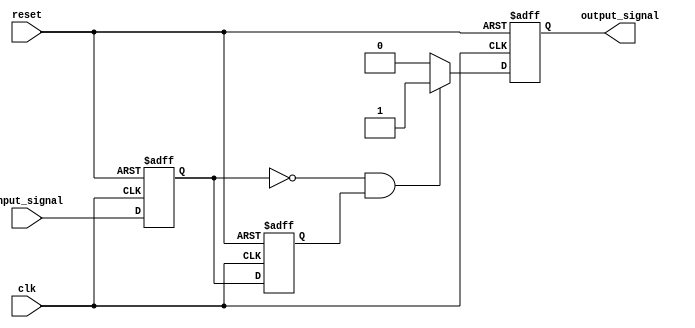
module falling_edge_detector (
    input wire clk,               // Clock signal
    input wire reset,             // Reset signal
    input wire input_signal,      // Input signal to detect falling edge
    output reg output_signal      // Output signal indicating falling edge
);

    // Internal signals to hold the current and previous states
    reg ff1;                      // Current state of input_signal
    reg ff2;                      // Previous state of input_signal

    // Always block triggered on the rising edge of the clock
    always @(posedge clk or posedge reset) begin
        if (reset) begin
            // Reset the flip-flops and output signal
            ff1 <= 1'b0;
            ff2 <= 1'b0;
            output_signal <= 1'b0;
        end else begin
            // Capture the current state of the input signal
            ff1 <= input_signal;
            // Update the previous state
            ff2 <= ff1;
            
            // Detect falling edge
            if (ff1 == 1'b0 && ff2 == 1'b1) begin
                output_signal <= 1'b1; // Falling edge detected
            end else begin
                output_signal <= 1'b0; // No falling edge
            end
        end
    end

endmodule